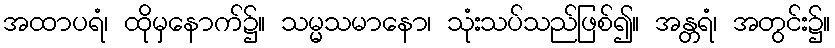
အထာပရံ၊ ထိုမှနောက်၌။ သမ္မသမာနော၊ သုံးသပ်သည်ဖြစ်၍။ အန္တရံ၊ အတွင်း၌။